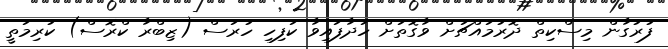
ފުރުގާން މިސްކިތް ދޮރުމައްޗަށް ވާގޮތަށް ހަދާފައިވާ ކަފިހި ހުރަސް (ޒިބްރާ ކްރޮސް) ކުރިމަތީ